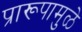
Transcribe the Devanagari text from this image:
प्रारूपामुळे